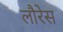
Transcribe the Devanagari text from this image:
लौरेस